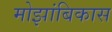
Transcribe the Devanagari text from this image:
मोझांबिकास